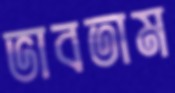
ভাবতাম